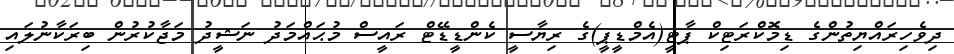
ދިވެހިރައްޔިތުންގެ ޑިމޮކްރަޓިކް ޕާޓީ(އެމްޑީޕީ)ގެ ރިޔާސީ ކެންޑީޑޭޓް ރައީސް މުޙައްމަދު ނަޝީދު މަޖާކުރުން ބިރަކާނުލައި